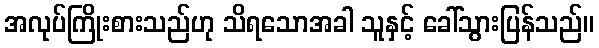
အလုပ်ကြိုးစားသည်ဟု သိရသောအခါ သူနှင့် ခေါ်သွားပြန်သည်။